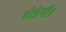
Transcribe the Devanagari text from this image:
तोडेगी।